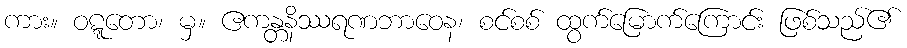
ကား။ ဝဋ္ဋတော၊ မှ။ ဧကန္တနိဿရဏဘာဝေန၊ စင်စစ် ထွက်မြောက်ကြောင်း ဖြစ်သည်၏